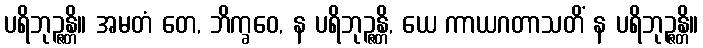
ပရိဘုဉ္ဇန္တိ။ အမတံ တေ, ဘိက္ခဝေ, န ပရိဘုဉ္ဇန္တိ, ယေ ကာယဂတာသတိံ န ပရိဘုဉ္ဇန္တိ။